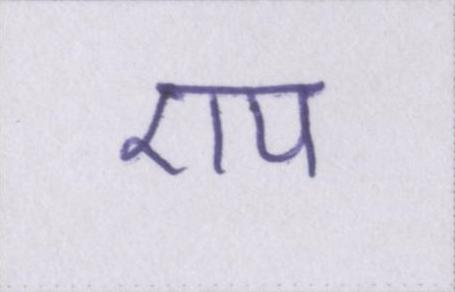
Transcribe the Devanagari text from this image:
एप